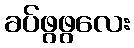
ခပ်ဖွဖွလေး